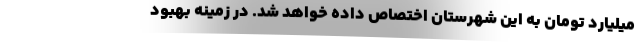
میلیارد تومان به این شهرستان اختصاص داده خواهد شد. در زمینه بهبود